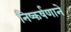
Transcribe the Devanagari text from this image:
निष्कर्षणाने